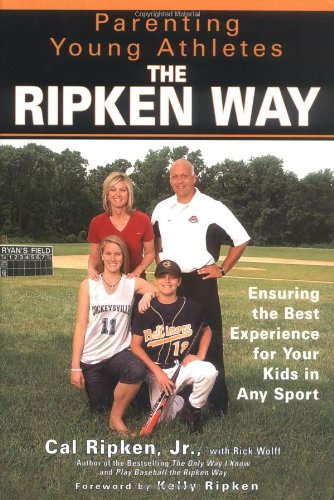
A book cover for Parenting Young Athletes the Ripken Way: Ensuring the Best Experience for Your Kids in Any Sport; Cal Ripken; Sports & Outdoors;